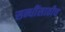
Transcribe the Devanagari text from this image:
सन्धींसाठीच